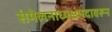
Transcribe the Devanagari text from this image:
संमेलनाध्यक्षपदावरून